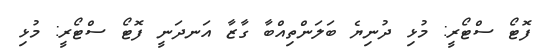
ފޮޓޯ ސްޓޯރީ: މުޅި ދުނިޔެ ބަލަންތިއްބާ ގާޒާ އަނދަނީ ފޮޓޯ ސްޓޯރީ: މުޅި